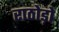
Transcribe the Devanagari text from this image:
राठोड़ो